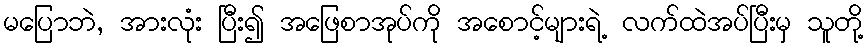
မပြောဘဲ, အားလုံး ပြီး၍ အဖြေစာအုပ်ကို အစောင့်များရဲ့ လက်ထဲအပ်ပြီးမှ သူတို့